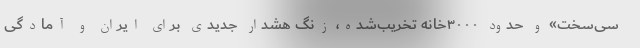
سی‌سخت» و حدود ۳۰۰۰خانه تخریب‌شده، زنگ هشدار جدیدی برای ایران و آمادگی